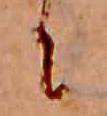
に